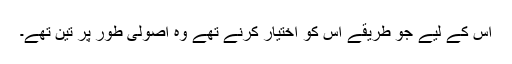
اس کے لیے جو طریقے اس کو اختیار کرنے تھے وہ اصولی طور پر تین تھے۔